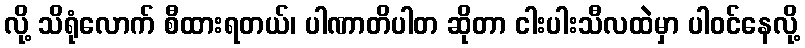
လို့ သိရုံလောက် စီထားရတယ်၊ ပါဏာတိပါတ ဆိုတာ ငါးပါးသီလထဲမှာ ပါဝင်နေလို့